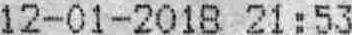
12-01-2018 21 : 53